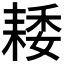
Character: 𦓽